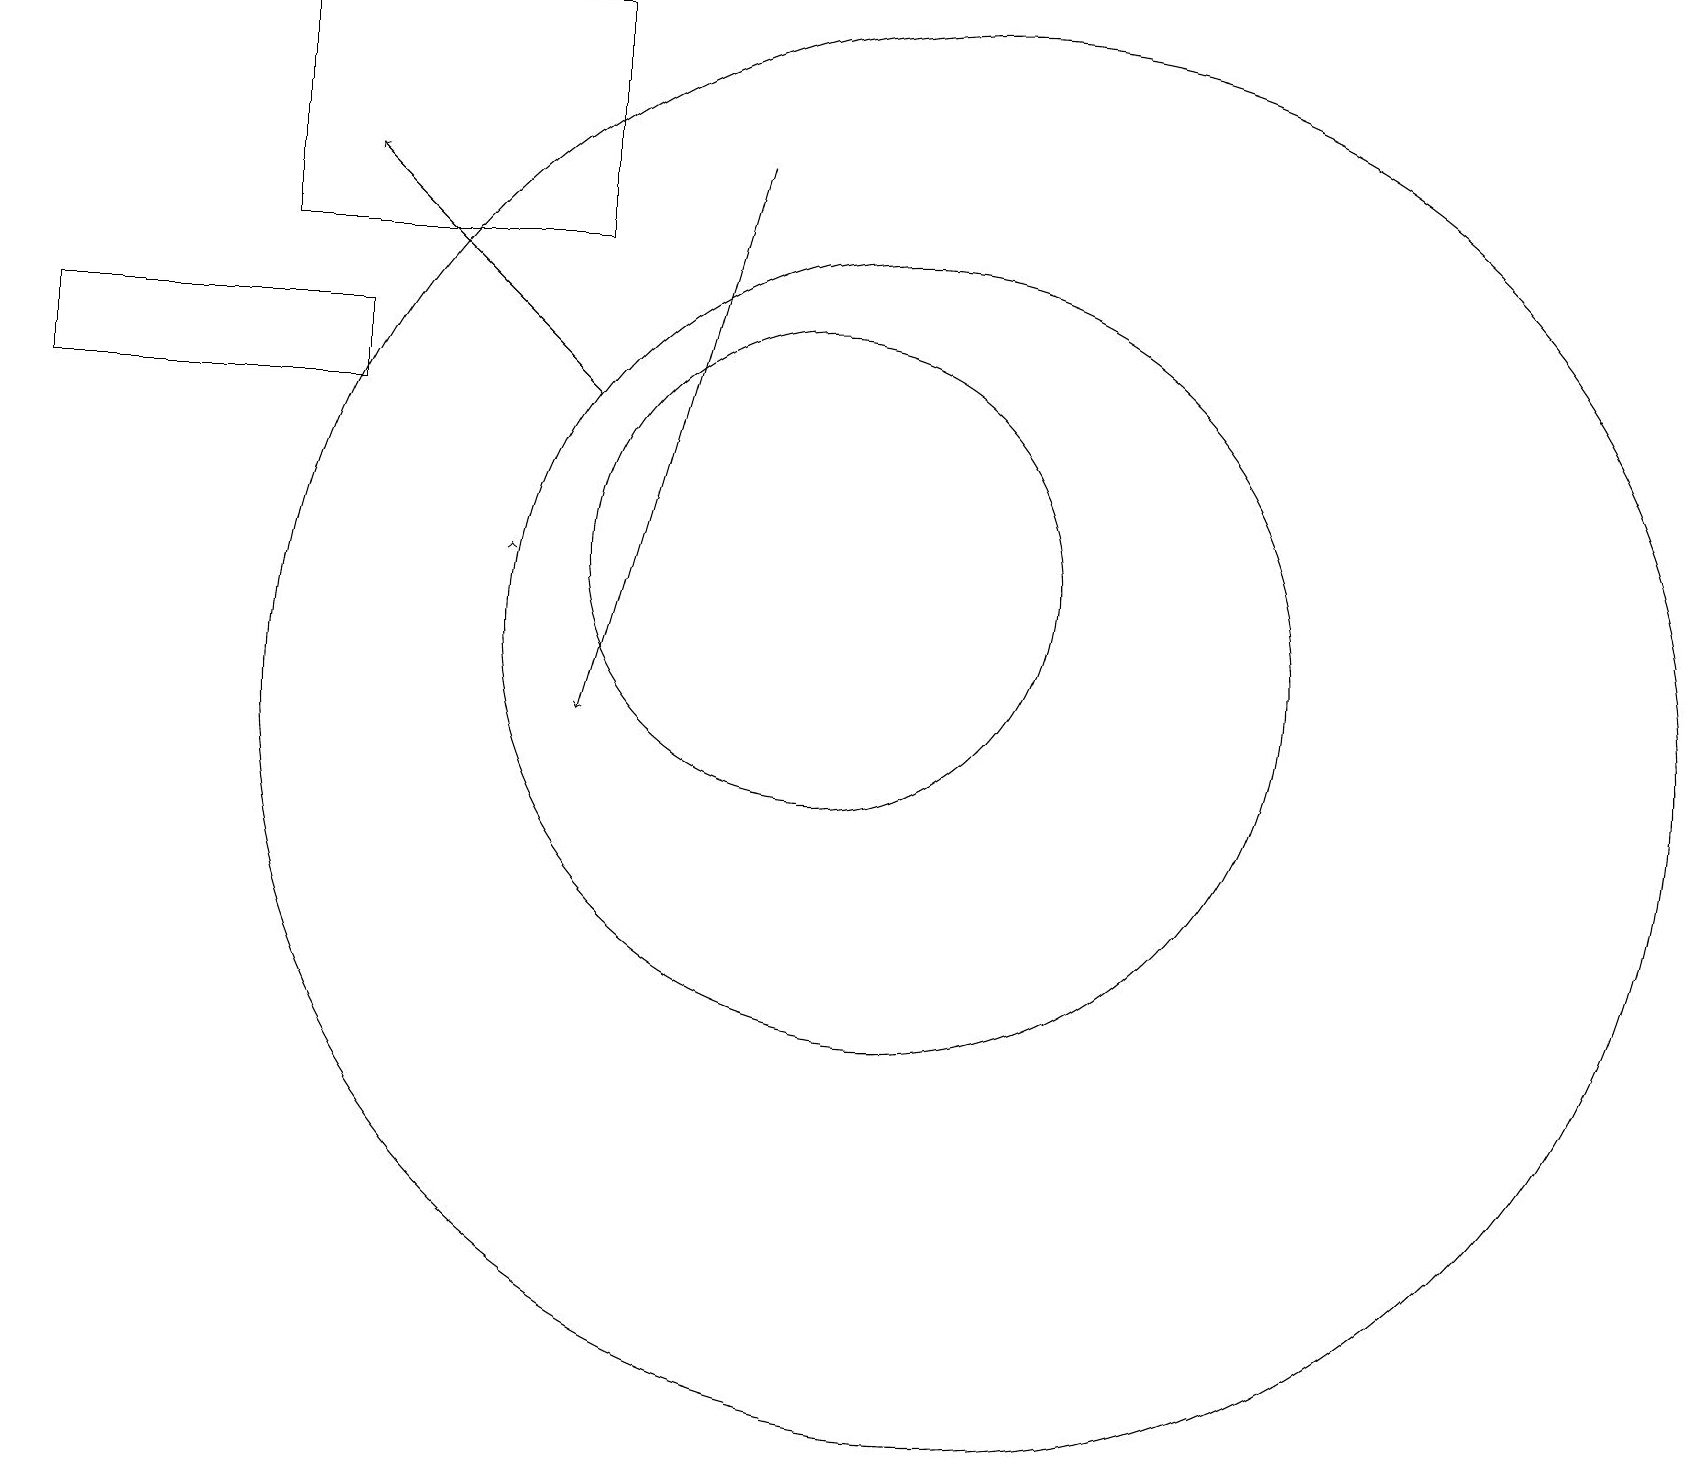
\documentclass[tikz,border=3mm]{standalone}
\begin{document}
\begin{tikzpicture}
\draw (12,10) circle (9);
\draw (11,11) circle (5);
\draw[->] (9,17) -- (7,10);
\draw (3,16) rectangle (7,19);
\draw (10,12) circle (3);
\draw[->] (7,14) -- (4,17);
\draw[->] (6,12) -- (6,12);
\draw (4,15) rectangle (0,14);
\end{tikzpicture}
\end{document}